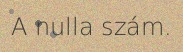
A nulla szám.